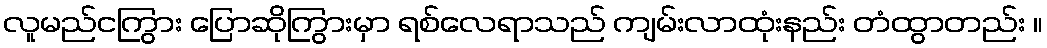
လူမည်ငကြွား ပြောဆိုကြွားမှာ ရစ်လေရာသည် ကျမ်းလာထုံးနည်း တံထွာတည်း ။